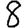
Digit: 8